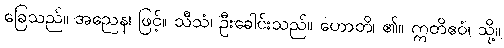
ခြေသည်။ အညေန၊ ဖြင့်။ သီသံ၊ ဦးခေါင်းသည်။ ဟောတိ၊ ၏။ ဣတိဧဝံ၊ သို့။